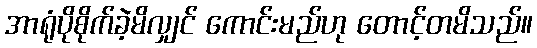
အာရုံပိုစိုက်ခဲ့မိလျှင် ကောင်းမည်ဟု တောင့်တမိသည်။